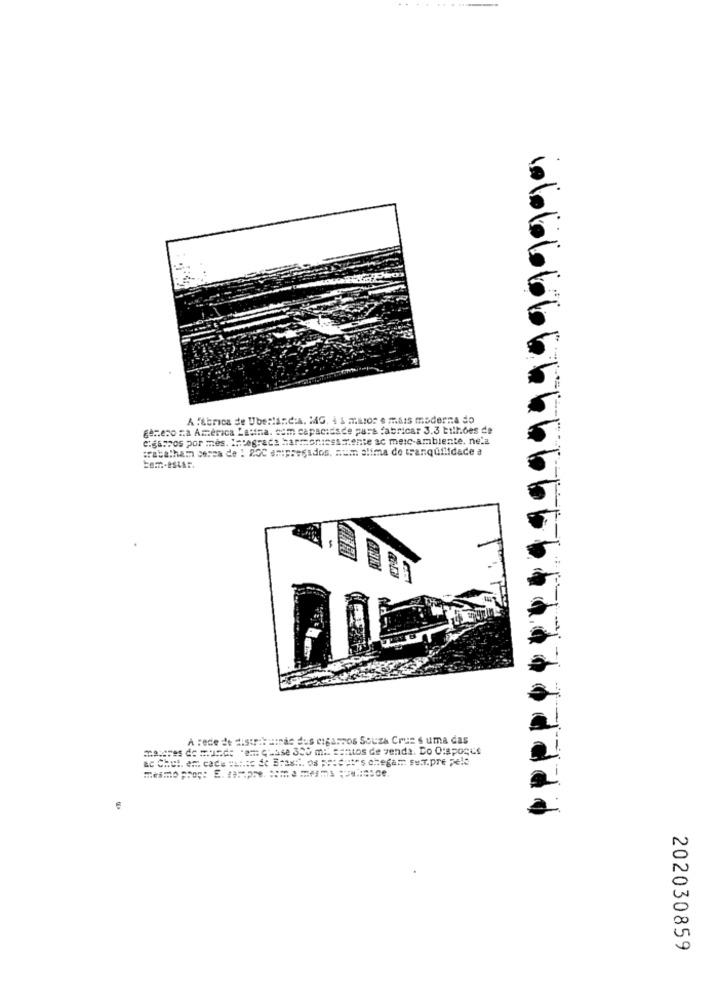
. 6 6 66666
A fabrica de Ubestancia. MAG. 4 1 m.tror e mais moderna do
genero na América Latina. com capacidade para fabricar 3.3 bilhões de
cigaspos por mes. Integrada harmoniess .rente ac merc-ambiente. nela
trabalham cerca de 1 20C empregados. num alima de tranquilidade a
bem-estar.
-
A rede de distribuznac dus cigarros Souza Cruz s uma das
mejores de mundo "em chase 300 ml santos de venda. Do O:apoque
ac Chet. er cade =h :. to Se Erasit. os produtos chegam sutr.pre Fele
mesmo prop: E. : p= === = ems ;lase.
202030859